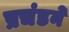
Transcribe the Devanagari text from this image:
प्रचंडने